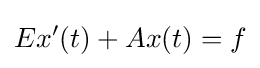
Ex'(t)+Ax(t)=f